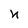
Character: n